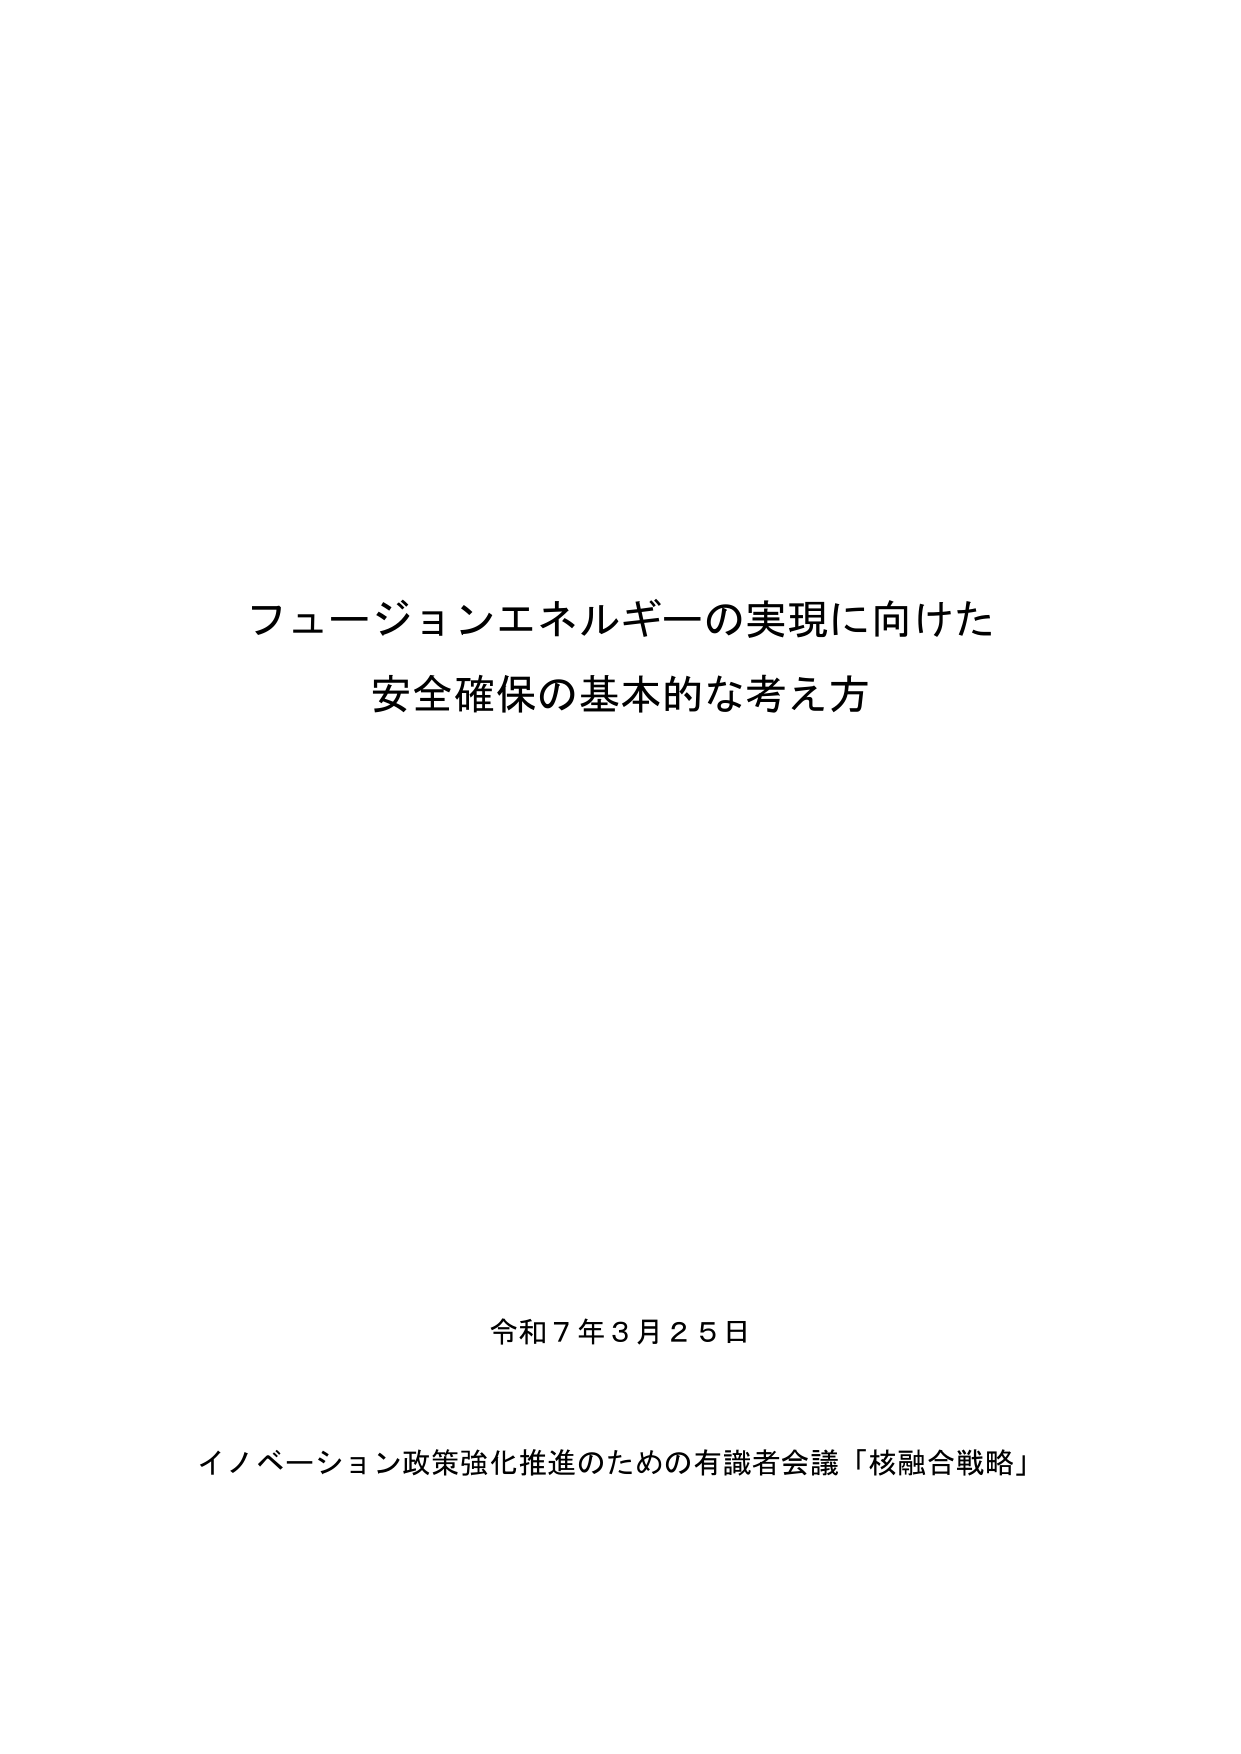
フュージョンエネルギーの実現に向けた
安全確保の基本的な考え方

令和７年３月２５日

イノベーション政策強化推進のための有識者会議「核融合戦略」